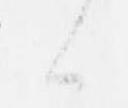
候